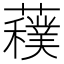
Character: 𱾾